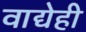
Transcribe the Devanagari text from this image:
वाद्येही